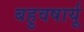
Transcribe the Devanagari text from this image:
बहुवषार्यू